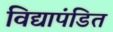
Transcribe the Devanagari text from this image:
विद्यापंडित